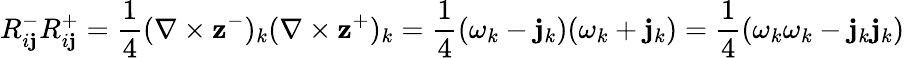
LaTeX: R_{i\mathbf{j}}^{-}R_{i\mathbf{j}}^{+}=\frac{{1}}{{4}}(\nabla\times\mathbf{{z}}^{-})_{k}(\nabla\times\mathbf{{z}}^{+})_{k}=\frac{{1}}{{4}}(\omega_{k}-\mathbf{j}_{k})(\omega_{k}+\mathbf{j}_{k})=\frac{{1}}{{4}}(\omega_{k}\omega_{k}-\mathbf{j}_{k}\mathbf{j}_{k})